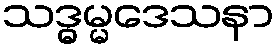
သဒ္ဓမ္မဒေသနာ